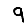
Digit: 9